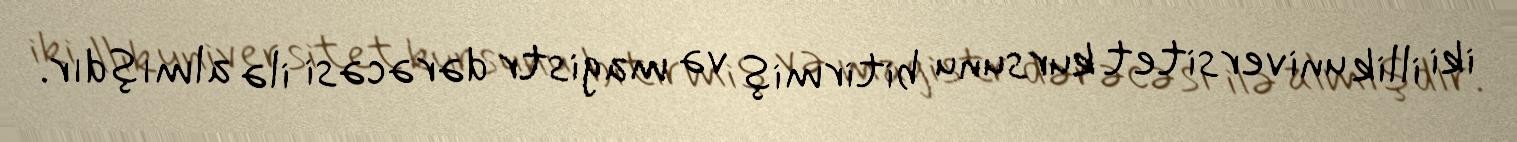
iki illik universitet kursunu bitirmiş və magistr dərəcəsi ilə almışdır.